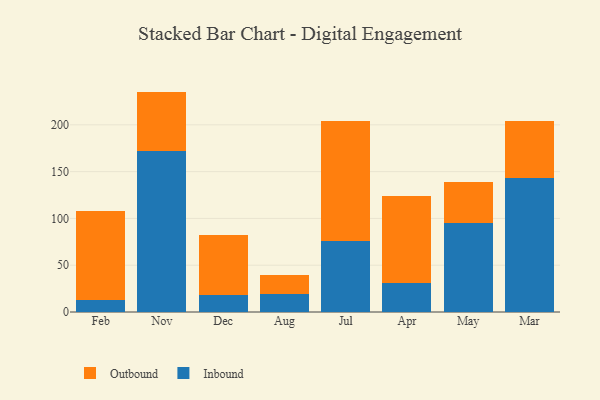
{"axis": {"x": "Month", "y": "Waste Production (Tons)"}, "legend": ["Inbound", "Outbound"], "data": [{"x": "Feb", "y": 13.3, "type": "Inbound"}, {"x": "Feb", "y": 94.3, "type": "Outbound"}, {"x": "Nov", "y": 171.9, "type": "Inbound"}, {"x": "Nov", "y": 63.6, "type": "Outbound"}, {"x": "Dec", "y": 18.3, "type": "Inbound"}, {"x": "Dec", "y": 64.0, "type": "Outbound"}, {"x": "Aug", "y": 19.7, "type": "Inbound"}, {"x": "Aug", "y": 20.0, "type": "Outbound"}, {"x": "Jul", "y": 76.1, "type": "Inbound"}, {"x": "Jul", "y": 127.7, "type": "Outbound"}, {"x": "Apr", "y": 31.0, "type": "Inbound"}, {"x": "Apr", "y": 93.0, "type": "Outbound"}, {"x": "May", "y": 95.2, "type": "Inbound"}, {"x": "May", "y": 43.3, "type": "Outbound"}, {"x": "Mar", "y": 142.8, "type": "Inbound"}, {"x": "Mar", "y": 61.6, "type": "Outbound"}]}